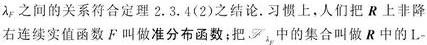
$\lambda _F$ 之间的关系符合定理 2.3.4(2)之结论. 习惯上, 人们把 $\boldsymbol{R}$ 上非降右连续实值函数 $F$ 叫做准分布函数; 把 $\mathscr{L}_\lambda$ 中的集合叫做 $\boldsymbol{R}$ 中的 L -